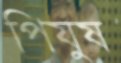
পিযুষ